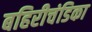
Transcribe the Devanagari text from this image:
बहिरीचंडिका